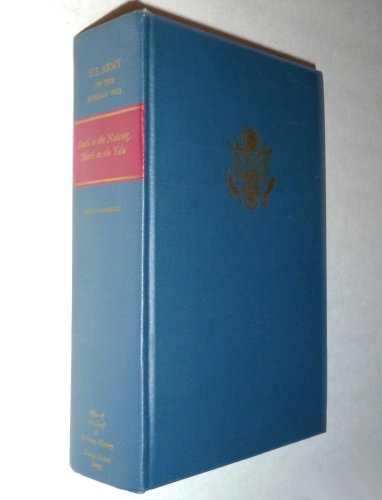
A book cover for South to the Naktong, North to the Yalu : United States Army in the Korean War (June - November 1950) 1975 Edition with Fold-Out Maps in Pocket and Attached Maps in Back (Color & B/W); Roy E Appleman; Travel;